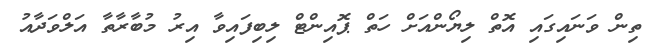
ތިން ވަނައިގައި އޮތް ލިޔޯންއަށް ހަތް ޕޮއިންޓް ލިބިފައިވާ އިރު މުބާރާތާ އަލްވަދާއު